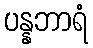
ပန္နဘာရံ